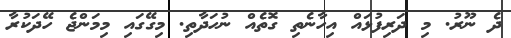
ދެ ނޫރު. މި ދަރިފުޅައް އިހާނެތި ގޮތެއް ނުހަދާތި. މިގޭގައި މިމަންޖެ ހޭދަކުރާ